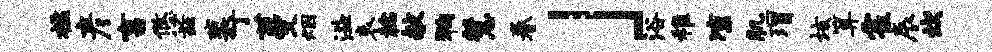
槛彦畜悠兹裴丁蔓烟溢哀稔献狗慧眷」浴稚凉肌瑁垓算霍辰坎